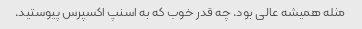
مثله همیشه عالی بود. چه قدر خوب که به اسنپ اکسپرس پیوستید.